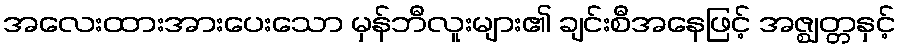
အလေးထားအားပေးသော မှန်ဘီလူးများ၏ ချင်းစီအနေဖြင့် အဇ္ဈတ္တနှင့်